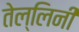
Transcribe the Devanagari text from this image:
तेल्लिनी